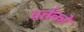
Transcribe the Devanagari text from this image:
वर्तकों